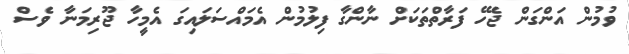
ވުމުން އަންގަން ޖެހޭ ފަރާތްތަކަށް ނާންގާ ފިލުމުން އެމައްސަލައިގަ އެމީހާ ޖޫރިމަނާ ވެސް